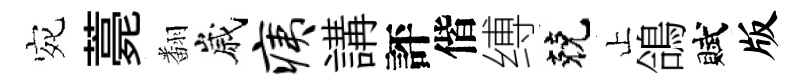
宛薧翻嵗痍講評偕缚兢止鴿賦版